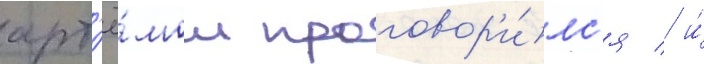
арт'ё́мом проговор'и́лс'я / и́